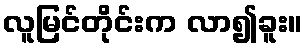
လူမြင်တိုင်းက လာ၍ခူး။